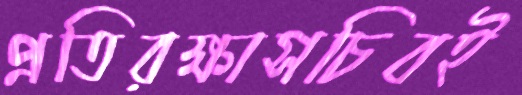
প্রতিরক্ষাসচিবই